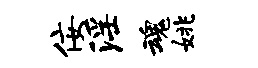
佞淫魂姚